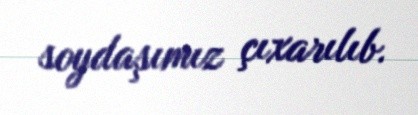
soydaşımız çıxarılıb.